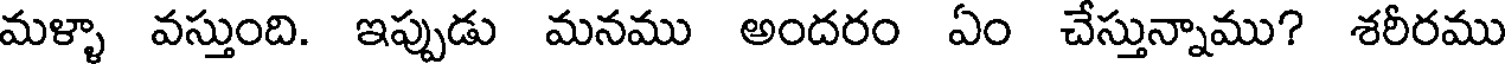
మళ్ళా వస్తుంది. ఇప్పుడు మనము అందరం ఏం చేస్తున్నాము? శరీరము